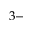
3 \mathrm { - }